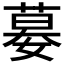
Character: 𡠜